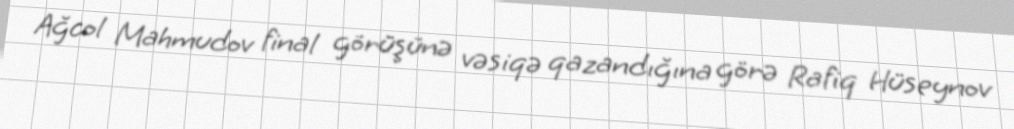
Ağcol Mahmudov final görüşünə vəsiqə qazandığına görə Rafiq Hüseynov